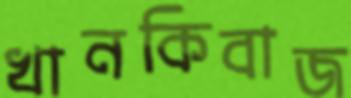
খানকিবাজ